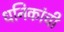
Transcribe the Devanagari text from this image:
धनिकांची